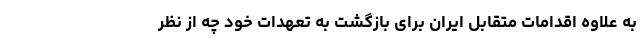
به علاوه اقدامات متقابل ایران برای بازگشت به تعهدات خود چه از نظر